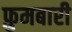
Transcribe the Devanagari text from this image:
फ़ुमबारी